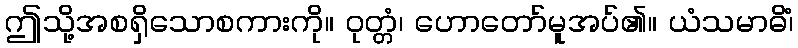
ဤသို့အစရှိသောစကားကို။ ဝုတ္တံ၊ ဟောတော်မူအပ်၏။ ယံသမာဓိံ၊